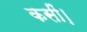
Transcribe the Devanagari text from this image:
कसीं।